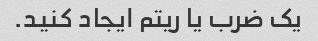
یک ضرب یا ریتم ایجاد کنید.